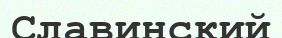
Славинский